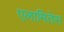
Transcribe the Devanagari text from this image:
एलामितेस